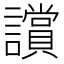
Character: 𧭢